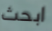
ابحث